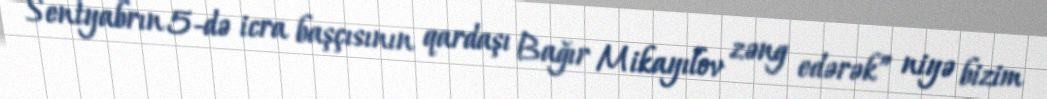
Sentyabrın 5-də icra başçısının qardaşı Bağır Mikayılov zəng edərək” niyə bizim